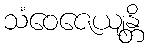
သံဝေဇေယျန္တိ